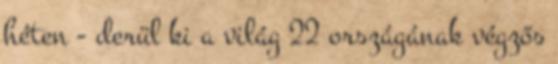
héten - derül ki a világ 22 országának végzős